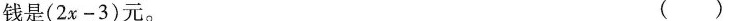
钱是(2x-3)元。 ()